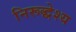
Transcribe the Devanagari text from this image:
निरूद्धेश्य